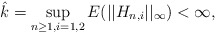
\begin{align*}\hat k =\sup_{n\ge 1,i=1,2}E(||H_{n,i}||_{\infty})< \infty, \end{align*}